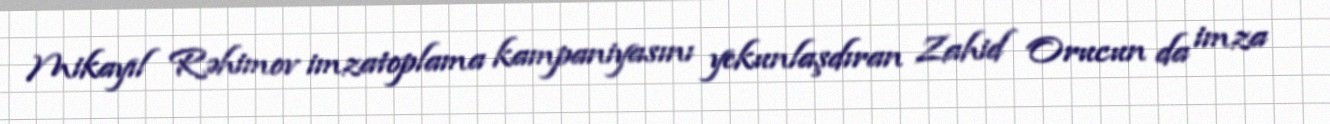
Mikayıl Rəhimov imzatoplama kampaniyasını yekunlaşdıran Zahid Orucun da imza